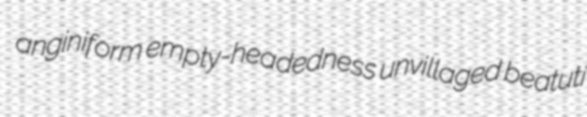
anginiform empty-headedness unvillaged beatuti